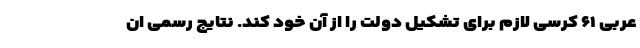
عربی ۶۱ کرسی لازم برای تشکیل دولت را از آن خود کند. نتایج رسمی ان